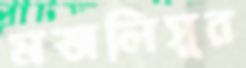
মজলিসুর